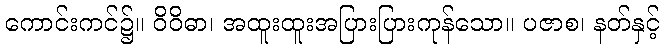
ကောင်းကင်၌။ ဝိဝိဓာ၊ အထူးထူးအပြားပြားကုန်သော။ ပဇာစ၊ နတ်နှင့်